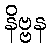
နိဗ္ဗန